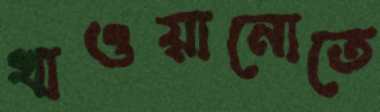
খাওয়ানোতে